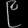
Digit: ၉